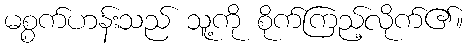
မစ္စက်ဟန်းသည် သူ့ကို စိုက်ကြည့်လိုက်၏။